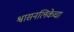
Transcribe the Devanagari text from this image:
श्वासनलिकेचा